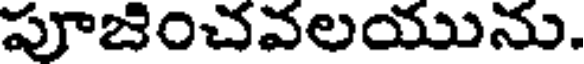
పూజించవలయును.